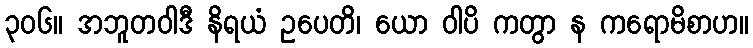
၃၀၆။ အဘူတဝါဒီ နိရယံ ဥပေတိ၊ ယော ဝါပိ ကတွာ န ကရောမိစာဟ။